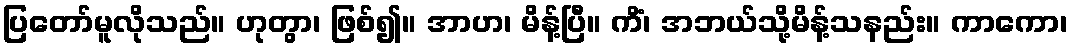
ပြတော်မူလိုသည်။ ဟုတွာ၊ ဖြစ်၍။ အာဟ၊ မိန့်ပြီ။ ကိံ၊ အဘယ်သို့မိန့်သနည်း။ ကာကော၊